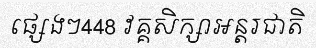
ផ្សេងៗ448 វគ្គសិក្សាអន្តរជាតិ